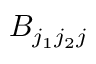
B _ { j _ { 1 } j _ { 2 } j }